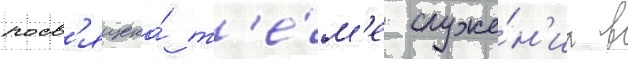
посв'ящена́ т'е́м'е служе́н'иа в